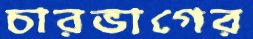
চারভাগের